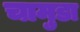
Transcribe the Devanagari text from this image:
चामुडा